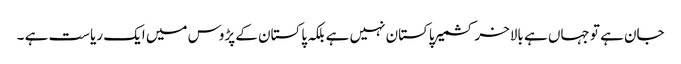
جان ہے تو جہاں ہے بالاخر کشمیر پاکستان نہیں ہے بلکہ پاکستان کے پڑوس میں ایک ریاست ہے ۔